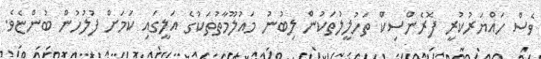
ވެސް ހައްޔަރުކުރީ ފޮރެންސިކް ތަހުލީލުތަކުން ލިބުނު މައުލޫމާތުތަކުގެ އަލީގައި ކަމަށް ފުލުހުން ބުންޏެވެ.